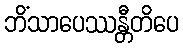
ဘိံသာပေဿန္တီတိပေ